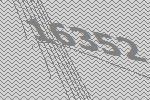
16352